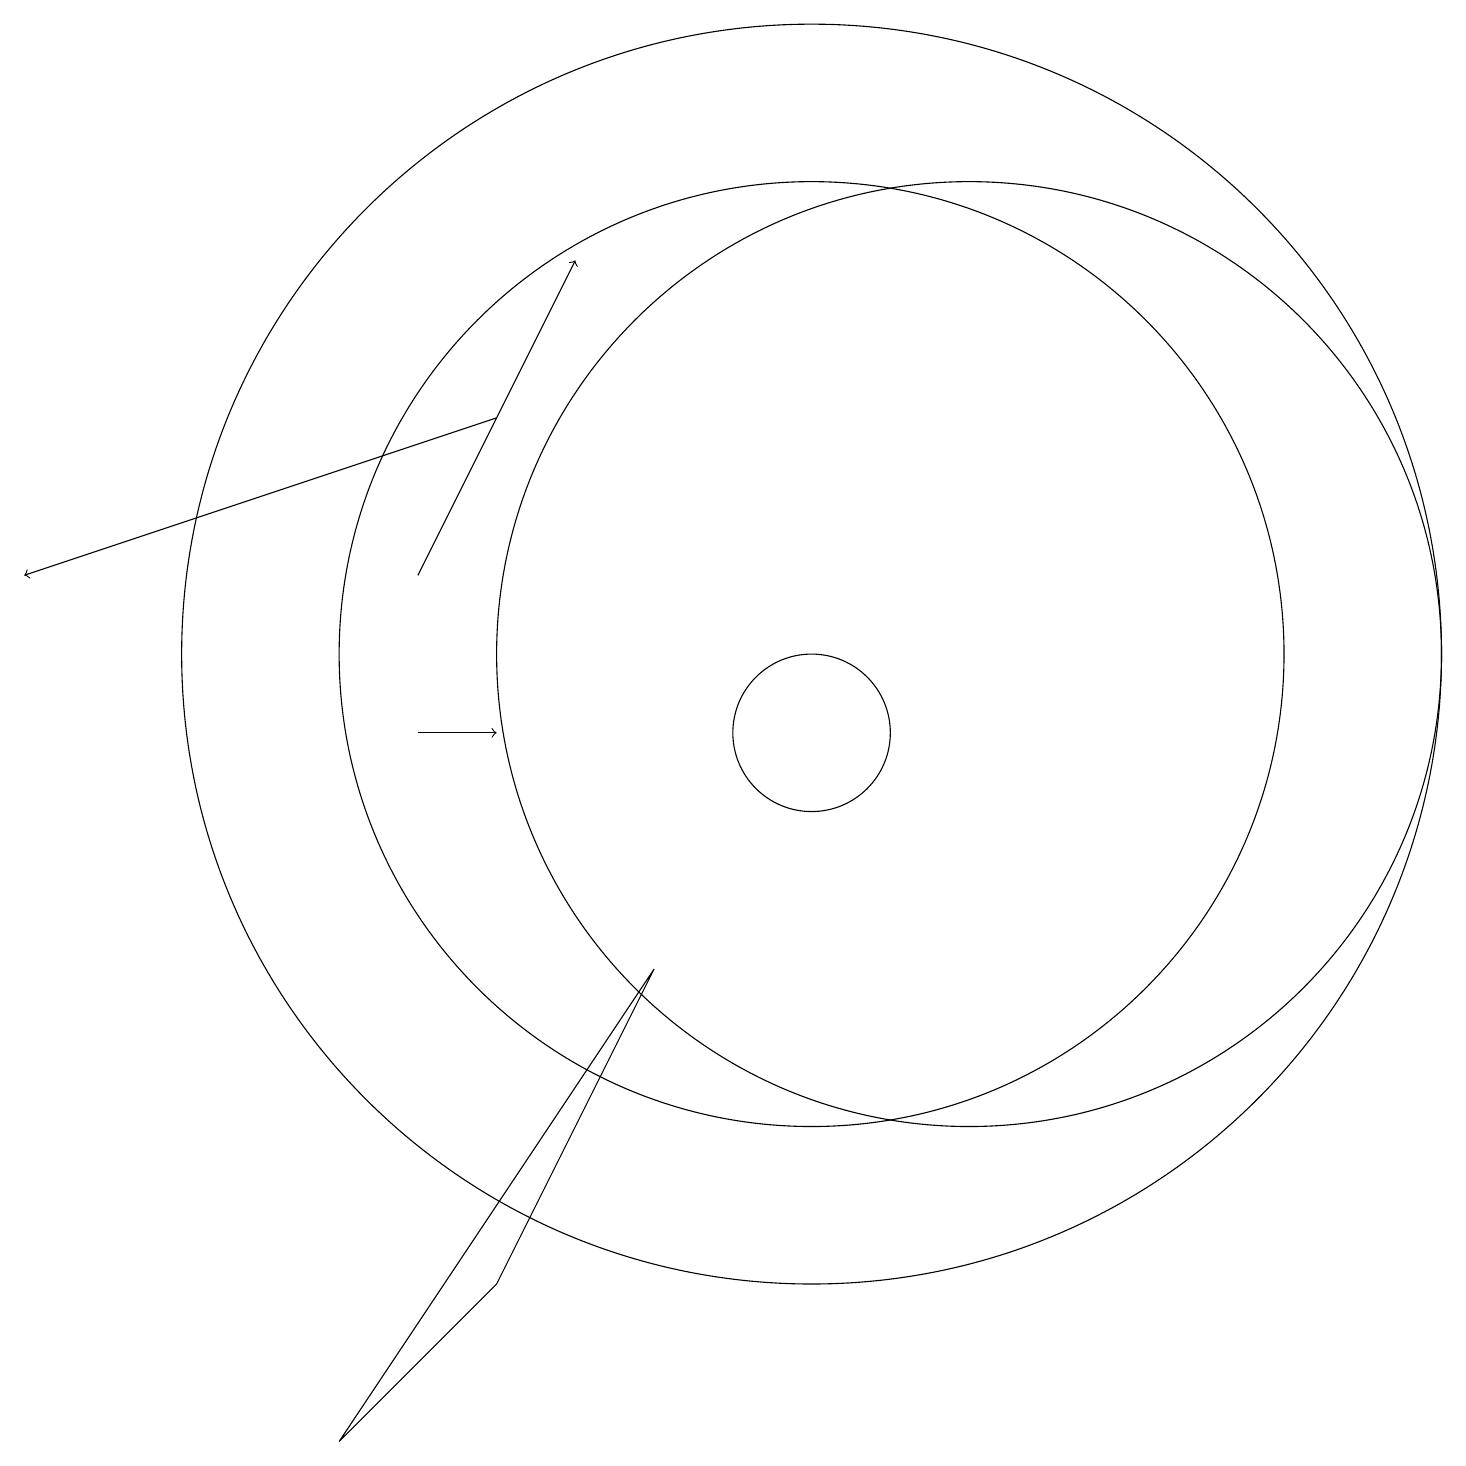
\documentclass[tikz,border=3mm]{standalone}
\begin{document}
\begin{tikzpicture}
\draw[->] (6,14) -- (0,12);
\draw[->] (5,10) -- (6,10);
\draw (10,11) circle (6);
\draw (12,11) circle (6);
\draw (10,11) circle (8);
\draw (10,10) circle (1);
\draw (8,7) -- (4,1) -- (6,3) -- cycle;
\draw[->] (5,12) -- (7,16);
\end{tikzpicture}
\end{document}